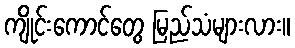
ကျိုင်းကောင်တွေ မြည်သံများလား။